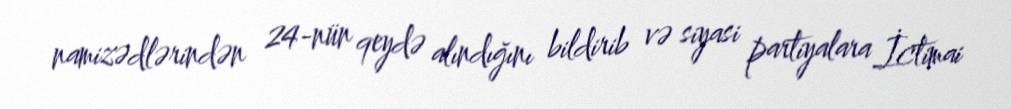
namizədlərindən 24-nün qeydə alındığını bildirib və siyasi partiyalara İctimai